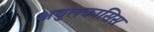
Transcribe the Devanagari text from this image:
अबुलकासिस